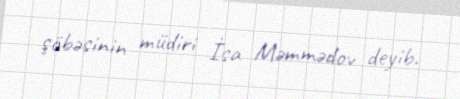
şöbəsinin müdiri İsa Məmmədov deyib.